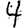
Digit: 4